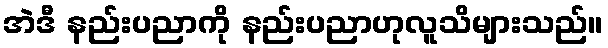
အဲဒီ နည်းပညာကို နည်းပညာဟုလူသိများသည်။